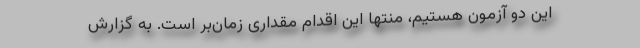
این دو آزمون هستیم، منتها این اقدام مقداری زمان‌بر است. به گزارش